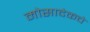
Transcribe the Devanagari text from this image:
मोसादेकचे